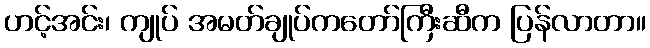
ဟင့်အင်း၊ ကျုပ် အမတ်ချုပ်ကတော်ကြီးဆီက ပြန်လာတာ။